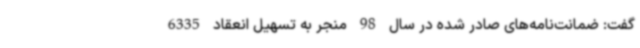
گفت: ضمانت‌نامه‌های صادر شده در سال 98 منجر به تسهیل انعقاد 6335